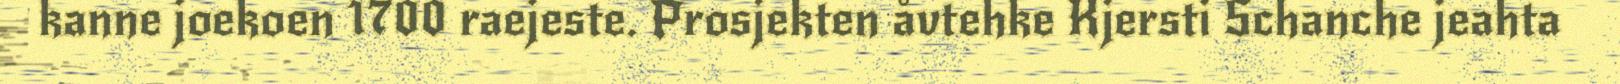
kanne joekoen 1700 raejeste. Prosjekten åvtehke Kjersti Schanche jeahta